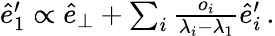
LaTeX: \begin{array}{r}{\hat{e}_{1}^{\prime}\propto\hat{e}_{\perp}+\sum_{i}\frac{o_{i}}{\lambda_{i}-\lambda_{1}}\hat{e}_{i}^{\prime}\, .}\end{array}